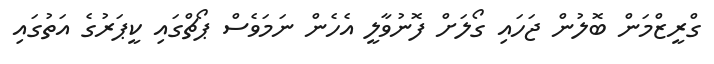
ގްރީޒްމަން ބޮލުން ޖަހައި ގޯލަށް ފޮނުވާލީ އެހެން ނަމަވެސް ޕޯޗްގައި ކީޕަރުގެ އަތުގައި